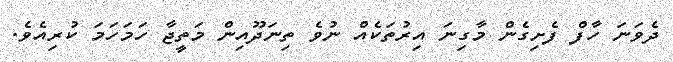
ދެވަނަ ހާފް ފެށިގެން މާގިނަ އިރުތަކެއް ނުވެ ތިނަދޫއިން މަތީޖާ ހަމަހަމަ ކުރިއެވެ.